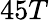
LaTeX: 45T